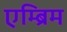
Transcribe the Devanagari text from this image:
एम्ब्रिम